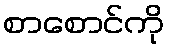
စာစောင်ကို